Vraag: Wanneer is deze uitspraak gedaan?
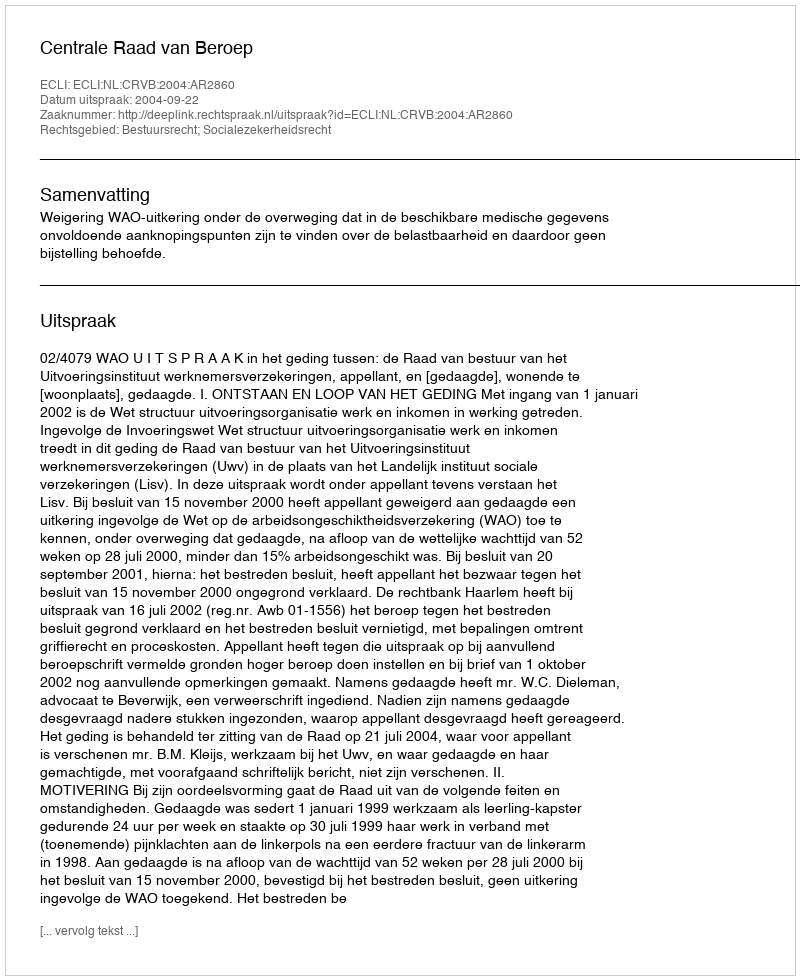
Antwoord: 2004-09-22